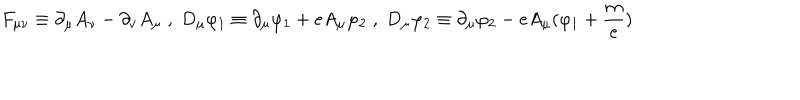
F _ { \mu \nu } \equiv \partial _ { \mu } A _ { \nu } - \partial _ { \nu } A _ { \mu } \; , \; D _ { \mu } \varphi _ { 1 } \equiv \partial _ { \mu } \varphi _ { 1 } + e A _ { \mu } \varphi _ { 2 } \; , \; D _ { \mu } \varphi _ { 2 } \equiv \partial _ { \mu } \varphi _ { 2 } - e A _ { \mu } ( \varphi _ { 1 } + \frac m e )